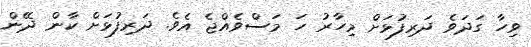
ވިހާ ގަދަވެ ދަރިފުޅަށް މިހާރު ހަ މަސްވެއްޖެ އެވެ. ދަރިފުޅަށް ކާން ދޭން